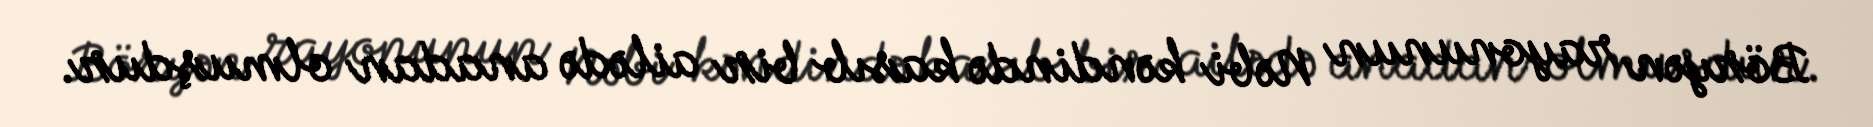
Böryən rayonunun Nəbi kəndində kasıb bir ailədə anadan olmuşdur.